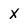
Character: X